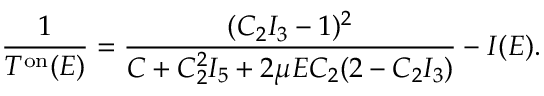
\frac { 1 } { T ^ { \mathrm { o n } } ( E ) } = \frac { ( C _ { 2 } I _ { 3 } - 1 ) ^ { 2 } } { C + C _ { 2 } ^ { 2 } I _ { 5 } + 2 \mu E C _ { 2 } ( 2 - C _ { 2 } I _ { 3 } ) } - I ( E ) .